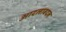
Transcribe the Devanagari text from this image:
आदलाबदल